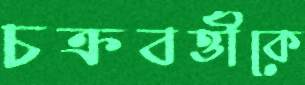
চক্রবর্ত্তীকে